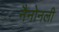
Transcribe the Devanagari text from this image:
नैनोनली